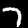
Digit: 7